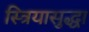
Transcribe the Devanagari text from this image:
स्त्रियासुद्धा